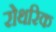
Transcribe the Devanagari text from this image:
रोथरिक